Memorandum on the prevention of leprosy by segregation of the affected
Disease focus: Leprosy
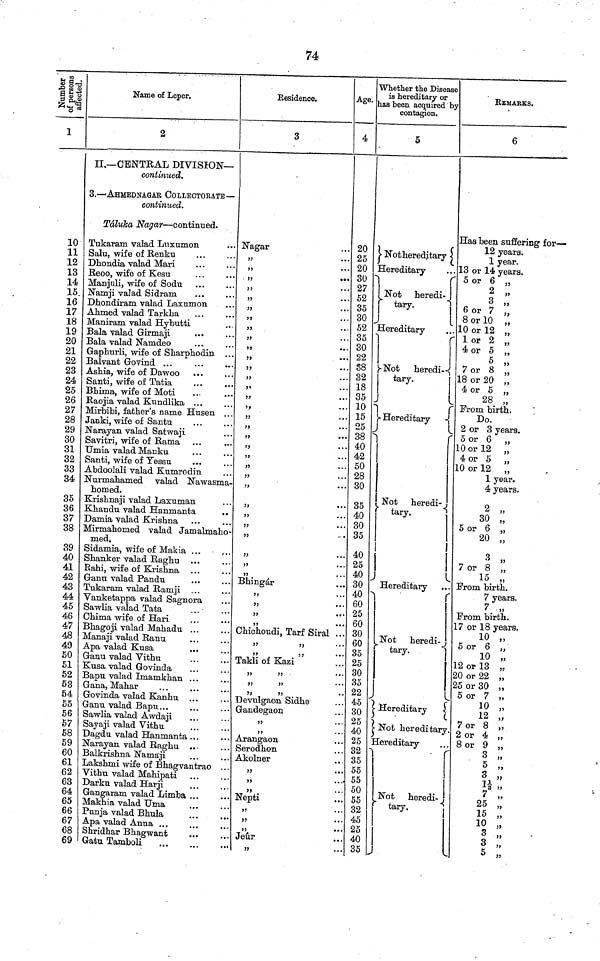
74
Number of
persons
affected.
1
10
11
12
13
14
15.
16
17
18
19
20
21
22
23
24
25
26
27
28
29
30
31
32
33
34
35
36
37
38
39
40
41
42
43
44
45
46
47
48
49
50
51
52
53
54
55
56
57
58
59
60
61
62
63
64
65
66
67
68
69
Name of Leper.
2
II,— CENTRAL DIVISION—
continued.
3.-— AHHEDNAGAR COLLECTORATE —
continued.
Táluka Nagar — continued.
Tukaram valad Luxumon
Salu, wife of Renku
Dhondia valad Mari
Reoo, wife of Kesu
Manjuli, wife of Sodu
Namji valad Sidram
Dhondiram valad Laxumon
Ahmed valad Tarkha
Maniram valad Hybutti
3ala valad Girmaji
Bala valad Namdeo
Gaphurli, wife of Sharphodin ...
Balvant Govind ...
Ashia, wife of Dawoo
Santi, wife of Tatia
Bhima, wife of Moti
Raojia valad Kundlika ...
Mirbibi, father's name Husen ...
Janki, wife of Santa
Narayan valad Satwaji
Savitri, wife of Rama ,..
...
Umia valad Manku
Santi, wife of Yessu
Abdoolali valad Kumrodin
Nurmahamed valad Nawasma-
homed.
Krishnaji valad Laxuman
Khandu valad Hanmanta
Damia valad Krishna
Mirmahomed valad Jamalmaho-
med.
Sidamia, wife of Makia ...
Shanker valad Raghu
Rahi, wife of Krishna
Ganu valad Pandu
Tukaram valad Ramji
Vanketappa valad Sagnora
Sawlia valad Tata
Chima wife of Hari
Bhagoji valad Mahadu ...
Manaji valad Ranu
Apa valad Kusa
Ganu valad Vithu
Kusa valad Govinda
Bapu valad Imamkhan ...
Gana, Mahar
Govinda valad Kanhu ...
Ganu valad Bapu...
Sawlia valad Awdaji
Sayaji valad Vithu
Dagdu valad Hanmanta ...
Narayan valad Raghu ...
Balkrishna Namaji
Lakshmi wife of Bhagvantrao . .
Vithu. valad Mahipati
Darku valad Harji
Gangaram valad Limba ...
Makhia valad Uma
Punja valad Bhula
Apa valad Anna ...
Shridhar Bhagwant
Gatu Tamboli
Residence.
3
Nagar
jj
...
,,
,,
,,
,,
...
,,
,,
,,
,,
,,
,,
,,,
,,
,,
,,
,,
,,
,,
,,
,,
•«•
,,
,,
,,
•••
,,
,,
,,
,,
,,
,,
,
Bhingár
,,
,,,
Chichoudi, Tarf Siral ...
,,
,,
Takli of Kazi
,,
,,
,,
,,
,,
,,
Devulgaon Sidhe
Gandegaon
Arangaon
Serodhon
Akolner
,,
,,
,,
Nepti
9,,
Jeúr
,,
Age.
4
20
25
20
30
27
52
35
30
52
35
30
22
38
32
18
35
10
15
25
38
40
42
50
28
30
35
40
30
35
40
25
40
30
40
60
25
60
30
60
35
25
30
35
22
45
30
25
40
25
32
35
55
55
50
55
32
45
25
40
35
Whether the Disease
is hereditary or
as been acquired by
contagion.
5
Not hereditary
Hereditary
Not
heredi-
tary.
Hereditary
Not
heredi--
tary.
Hereditary
Not Heredi-
tary.
Hereditary
...
Not heredi-
tary.
.
Hereditary
Not hereditary
Hereditary
Not heredi-
tary,
REMARKS.
6
Has been suffering for—
12 years.
1 year.
3 or 14 years.
5 or 6 „
2 „
3 „
6 or 7 „
8 or 10 „
10 or 12 „
l or 2 „
4 or 5 „
5 „
7 or 8 „
18 or 20 „
4 or 5 „
28 „
From birth.
Do.
2 or 3 years.
5 or 6 „
10 or 12 „
4 or 5 „
10 or 12 „
1 year.
4 years.
2 „
30 „
5 or 6 „
20 „
3 ,,
7 or 8 „
15 „
From birth.
7 years.
7 ,,
From birth.
17 or 18 years.
10 „
5 or 6 „
10 „
12 or 13 „
20 or 22 „
25 or 30 „
5 or 7 „
10 „
12 „
7 or 8 ,
2 or 4 ,
8 or 9 ,
3 ,,
5
1½
7 „
25 „
15
10 „
3
3